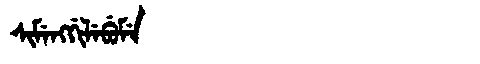
Manchu: ᠰᡳᠮᡝᠩᡤᡳᠯᡝᠪᡠᠮᡝ
Romanization: SIMENGGILEBUME